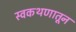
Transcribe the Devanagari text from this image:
स्वकथणातून